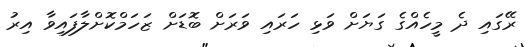
ރޭގައި ދެ މީހެއްގެ ގަޔަށް ވަޅި ހަރައި ވަރަށް ބޮޑަށް ޒަހަމްކޮށްލާފައިވާ އިރު